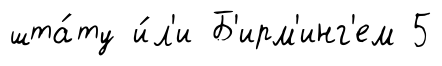
шта́ту и́л'и Б'ирм'инг'ем 5